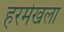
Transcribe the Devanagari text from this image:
हरमेखला